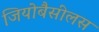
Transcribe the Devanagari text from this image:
जियोबैसीलस